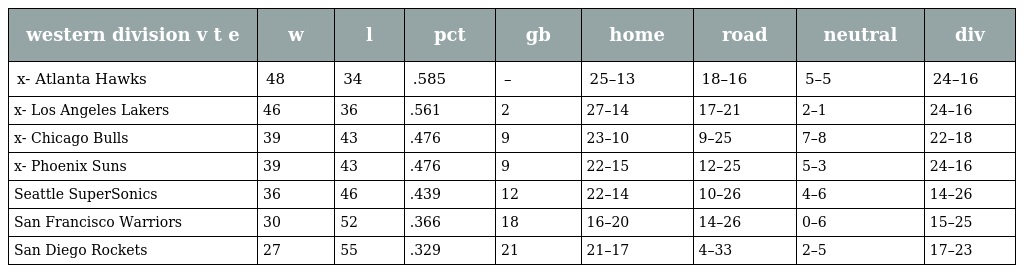
| western division v t e | w | l | pct | gb | home | road | neutral | div |
 | --- | --- | --- | --- | --- | --- | --- | --- | --- |
 | x- Atlanta Hawks | 48 | 34 | .585 | – | 25–13 | 18–16 | 5–5 | 24–16 |
 | x- Los Angeles Lakers | 46 | 36 | .561 | 2 | 27–14 | 17–21 | 2–1 | 24–16 |
 | x- Chicago Bulls | 39 | 43 | .476 | 9 | 23–10 | 9–25 | 7–8 | 22–18 |
 | x- Phoenix Suns | 39 | 43 | .476 | 9 | 22–15 | 12–25 | 5–3 | 24–16 |
 | Seattle SuperSonics | 36 | 46 | .439 | 12 | 22–14 | 10–26 | 4–6 | 14–26 |
 | San Francisco Warriors | 30 | 52 | .366 | 18 | 16–20 | 14–26 | 0–6 | 15–25 |
 | San Diego Rockets | 27 | 55 | .329 | 21 | 21–17 | 4–33 | 2–5 | 17–23 |